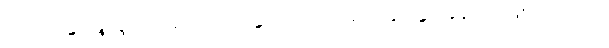
ရသော နွားနို့၊ နို့ဓမ်း၊ ထောပတ်၊ နွားကျင်ငယ်ရည်နှင့် နွားချေးတို့ ဖြစ်ကြသည်။